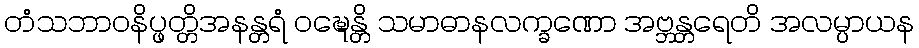
တံသဘာဝနိပ္ဖတ္တိအနန္တရံ ဝဍ္ဎေန္တိ သမာဓာနလက္ခဏော အဗ္ဘန္တရေတိ အလမ္ပာယန